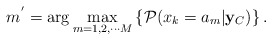
\begin{align*} m^{'} = \arg \max_{m = 1,2,\cdots M} \left\lbrace \mathcal{P}(x_k = a_m|{\bf y}_{C}) \right\rbrace. \end{align*}